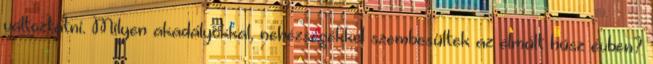
változtatni. Milyen akadályokkal, nehézségékkel szembesültek az elmúlt húsz évben?